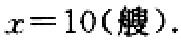
\(x = 10(艘).\)